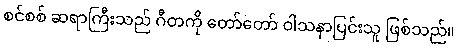
စင်စစ် ဆရာကြီးသည် ဂီတကို တော်တော် ဝါသနာပြင်းသူ ဖြစ်သည်။